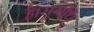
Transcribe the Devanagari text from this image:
हैं।सुगंधि